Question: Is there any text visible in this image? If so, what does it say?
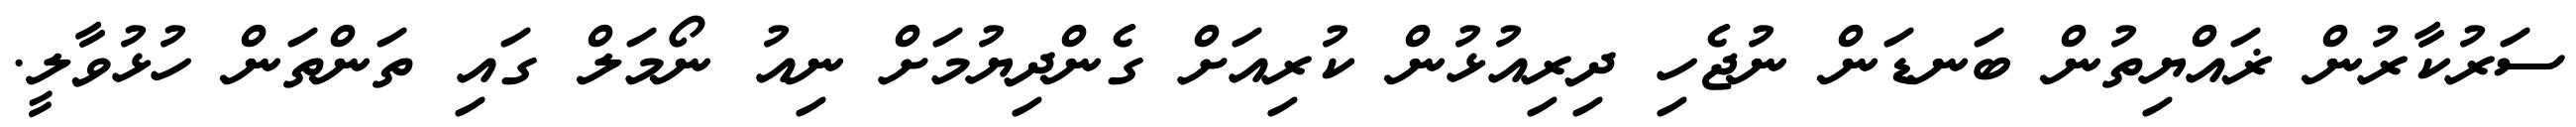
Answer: ސަރުކާރުން ޜައްޔިތުން ބަނޑަން ނުޖެހި ދިރިއުޅުން ކުރިއަށް ގެންދިޔުމަށް ނިއު ނޯމަލް ގައި ތަންތަން ހުޅުވާލީ.